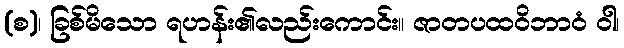
(စ)၊ ခြစ်မိသော ရဟန်း၏လည်းကောင်း။ ဇာတပထဝိဘာဝံ ဝါ၊